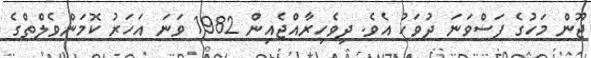
ޖޫން މަހުގެ ފަސްވަނަ ދުވަހު އެވެ. ދިވެހިރާއްޖެއިން 1982 ވަނަ އަހަރު ކޮމަންވެލްތްގެ